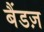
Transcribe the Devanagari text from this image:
बैंडज़